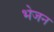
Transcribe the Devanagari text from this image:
भेजन